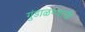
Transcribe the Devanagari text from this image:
गुंडाळण्याची